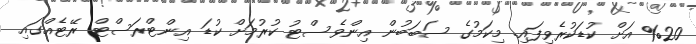
%20 އަށް ކުޑަކުރެވިފައި. މިކަމުގެ ސަބަބުން އިންވެސްޓު ކުރުމަށް ކުޑަ އިންޓްރަސްޓް ރޭޓެއްގައި